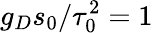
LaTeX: g_{D}s_{0}/\tau_{0}^{2}=1